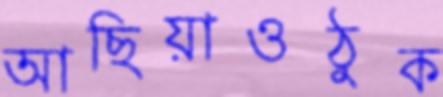
আছিয়াওঠুক